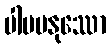
ပါပမနုဿော